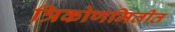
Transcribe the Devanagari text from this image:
त्रिकोणमितीत